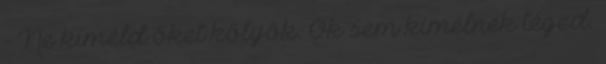
- Ne kíméld őket kölyök. Ők sem kímélnek téged.